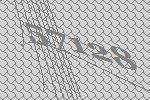
57128